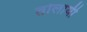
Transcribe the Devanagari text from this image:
तोलायी